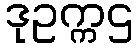
ဒုဥက္ကဌ